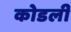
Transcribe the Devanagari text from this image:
कोडली